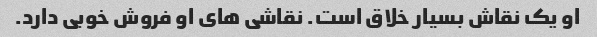
او یک نقاش بسیار خلاق است. نقاشی های او فروش خوبی دارد.